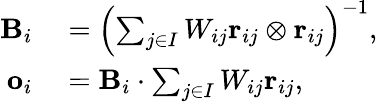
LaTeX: \begin{array}{rl}{\mathbf{B}_{i}}&{{}=\left(\sum_{j\in I}W_{ij}\mathbf{r}_{ij}\otimes\mathbf{r}_{ij}\right)^{-1},}\\ {\mathbf{o}_{i}}&{{}=\mathbf{B}_{i}\cdot\sum_{j\in I}W_{ij}\mathbf{r}_{ij},}\end{array}